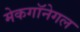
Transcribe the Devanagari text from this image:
मेकगॉनेगल